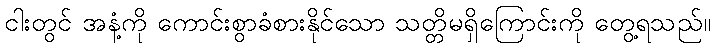
ငါးတွင် အနံ့ကို ကောင်းစွာခံစားနိုင်သော သတ္တိမရှိကြောင်းကို တွေ့ရသည်။